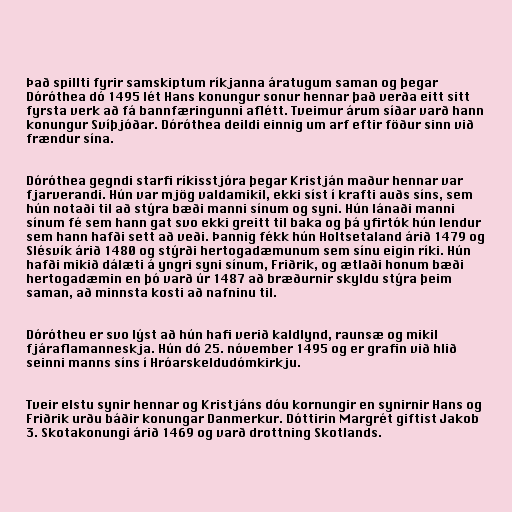
Það spillti fyrir samskiptum ríkjanna áratugum saman og þegar
Dóróthea dó 1495 lét Hans konungur sonur hennar það verða eitt sitt
fyrsta verk að fá bannfæringunni aflétt. Tveimur árum síðar varð hann
konungur Svíþjóðar. Dóróthea deildi einnig um arf eftir föður sinn við
frændur sína.

Dóróthea gegndi starfi ríkisstjóra þegar Kristján maður hennar var
fjarverandi. Hún var mjög valdamikil, ekki síst í krafti auðs síns, sem
hún notaði til að stýra bæði manni sínum og syni. Hún lánaði manni
sínum fé sem hann gat svo ekki greitt til baka og þá yfirtók hún lendur
sem hann hafði sett að veði. Þannig fékk hún Holtsetaland árið 1479 og
Slésvík árið 1480 og stýrði hertogadæmunum sem sínu eigin ríki. Hún
hafði mikið dálæti á yngri syni sínum, Friðrik, og ætlaði honum bæði
hertogadæmin en þó varð úr 1487 að bræðurnir skyldu stýra þeim
saman, að minnsta kosti að nafninu til.

Dórótheu er svo lýst að hún hafi verið kaldlynd, raunsæ og mikil
fjáraflamanneskja. Hún dó 25. nóvember 1495 og er grafin við hlið
seinni manns síns í Hróarskeldudómkirkju.

Tveir elstu synir hennar og Kristjáns dóu kornungir en synirnir Hans og
Friðrik urðu báðir konungar Danmerkur. Dóttirin Margrét giftist Jakob
3. Skotakonungi árið 1469 og varð drottning Skotlands.